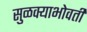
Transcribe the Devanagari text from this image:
सुळक्याभोवती